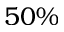
5 0 \%